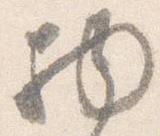
物